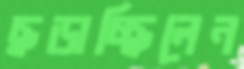
ছড়াচ্ছিলেন